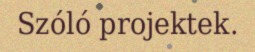
Szóló projektek.